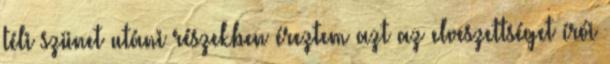
téli szünet utáni részekben éreztem azt az elveszettséget írói